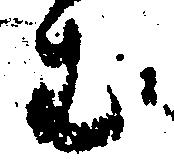
む